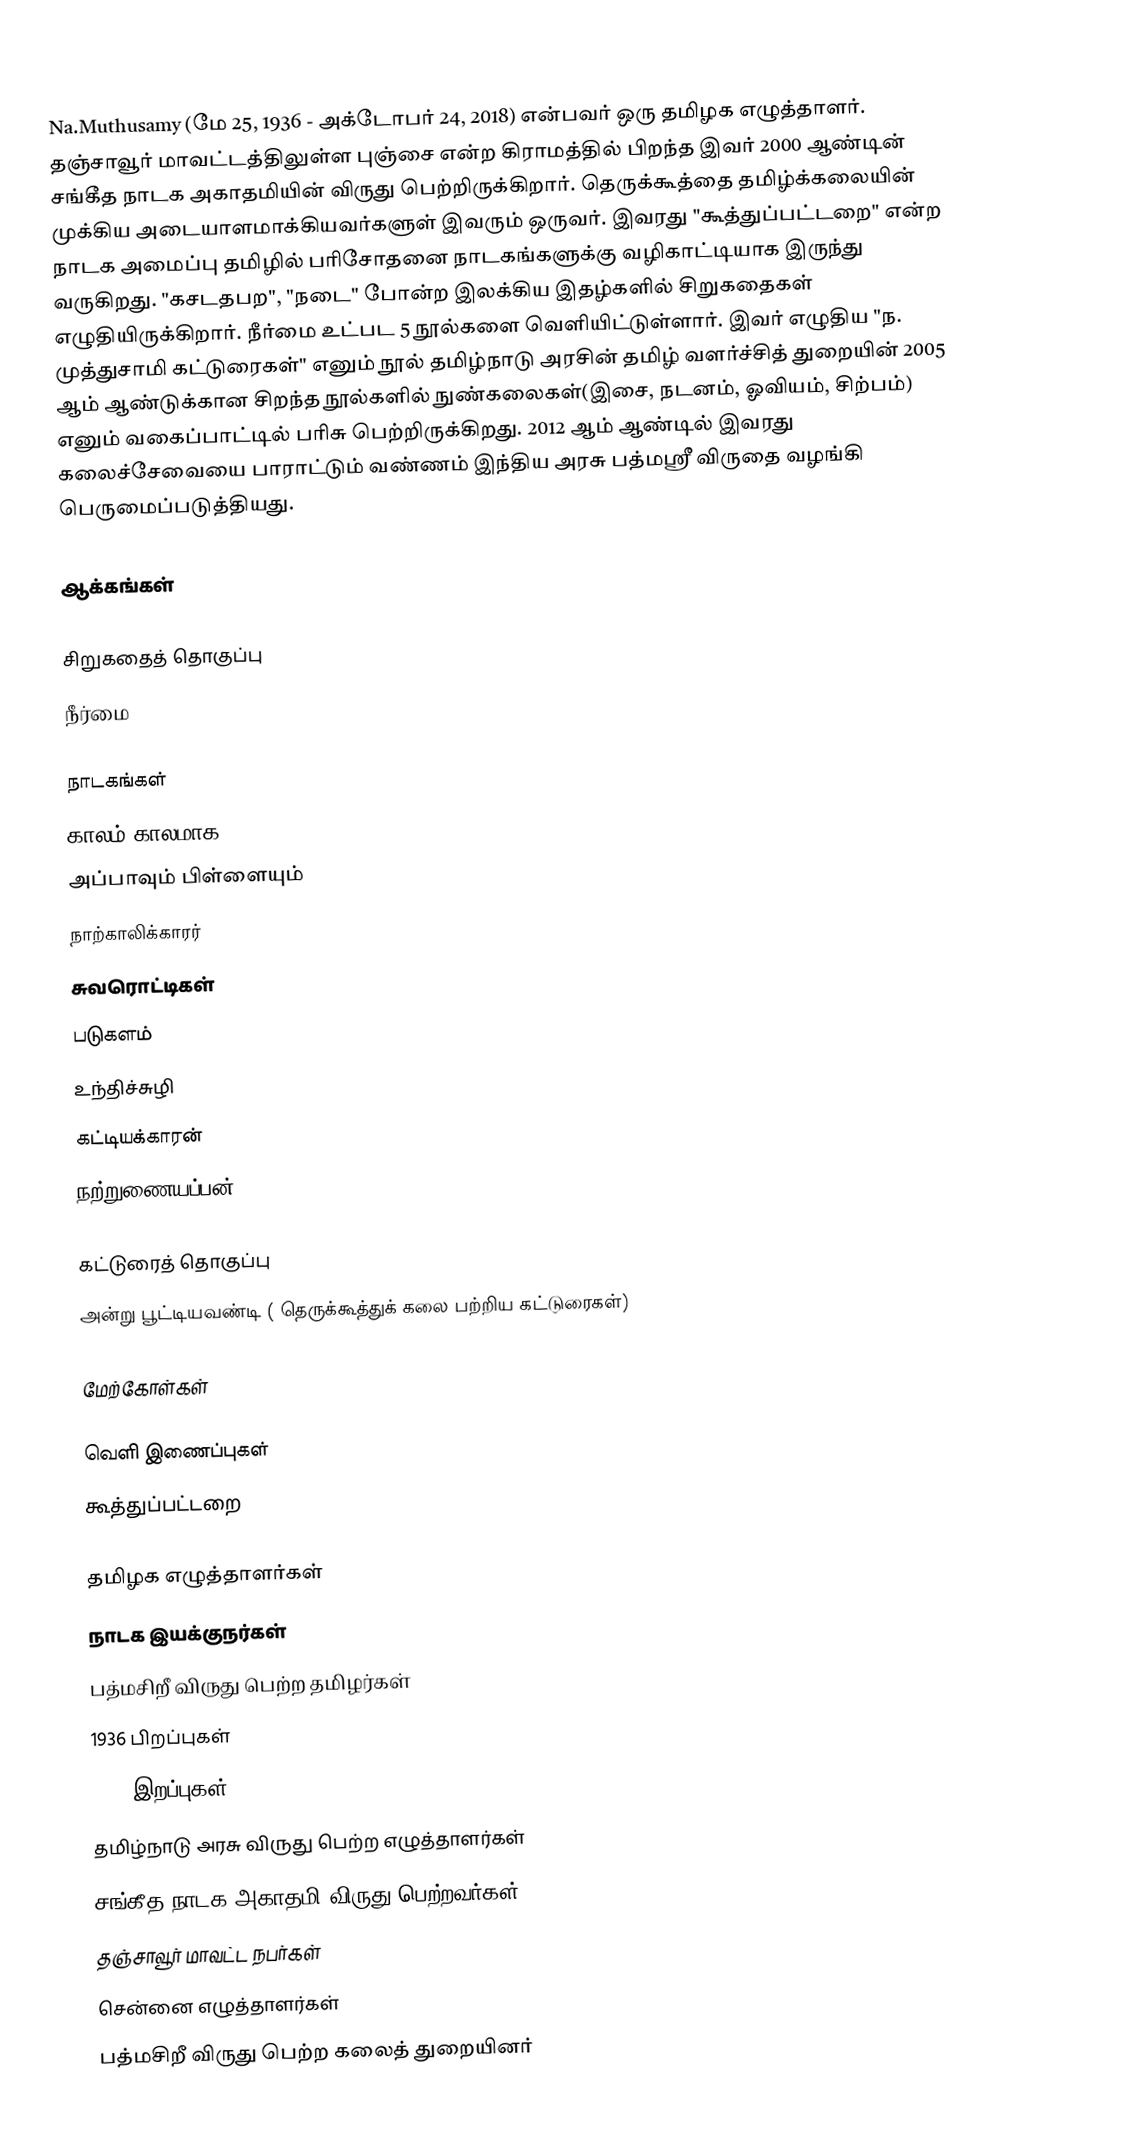
Na.Muthusamy  (மே 25, 1936 - அக்டோபர் 24, 2018) என்பவர் ஒரு தமிழக எழுத்தாளர். தஞ்சாவூர் மாவட்டத்திலுள்ள புஞ்சை என்ற கிராமத்தில் பிறந்த இவர் 2000 ஆண்டின் சங்கீத நாடக அகாதமியின் விருது பெற்றிருக்கிறார். தெருக்கூத்தை தமிழ்க்கலையின் முக்கிய அடையாளமாக்கியவர்களுள் இவரும் ஒருவர். இவரது "கூத்துப்பட்டறை" என்ற நாடக அமைப்பு தமிழில் பரிசோதனை நாடகங்களுக்கு வழிகாட்டியாக இருந்து வருகிறது. "கசடதபற", "நடை" போன்ற இலக்கிய இதழ்களில்  சிறுகதைகள் எழுதியிருக்கிறார். நீர்மை உட்பட 5 நூல்களை வெளியிட்டுள்ளார். இவர் எழுதிய "ந. முத்துசாமி கட்டுரைகள்" எனும் நூல் தமிழ்நாடு அரசின் தமிழ் வளர்ச்சித் துறையின் 2005 ஆம் ஆண்டுக்கான சிறந்த நூல்களில் நுண்கலைகள்(இசை, நடனம், ஓவியம், சிற்பம்) எனும் வகைப்பாட்டில் பரிசு பெற்றிருக்கிறது. 2012 ஆம் ஆண்டில் இவரது கலைச்சேவையை பாராட்டும் வண்ணம் இந்திய அரசு பத்மஸ்ரீ விருதை வழங்கி பெருமைப்படுத்தியது.

ஆக்கங்கள்

சிறுகதைத் தொகுப்பு
நீர்மை

நாடகங்கள்
காலம் காலமாக
அப்பாவும் பிள்ளையும்
நாற்காலிக்காரர்
சுவரொட்டிகள்
படுகளம்
உந்திச்சுழி
கட்டியக்காரன்
நற்றுணையப்பன்

கட்டுரைத் தொகுப்பு
அன்று பூட்டியவண்டி ( தெருக்கூத்துக் கலை பற்றிய கட்டுரைகள்)

மேற்கோள்கள்

வெளி இணைப்புகள்
 கூத்துப்பட்டறை

தமிழக எழுத்தாளர்கள்
நாடக இயக்குநர்கள்
பத்மசிறீ விருது பெற்ற தமிழர்கள்
1936 பிறப்புகள்
2018 இறப்புகள்
தமிழ்நாடு அரசு விருது பெற்ற எழுத்தாளர்கள்
சங்கீத நாடக அகாதமி விருது பெற்றவர்கள்
தஞ்சாவூர் மாவட்ட நபர்கள்
சென்னை எழுத்தாளர்கள்
பத்மசிறீ விருது பெற்ற கலைத் துறையினர்